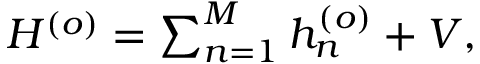
\begin{array} { r } { H ^ { ( o ) } = \sum _ { n = 1 } ^ { M } h _ { n } ^ { ( o ) } + V , } \end{array}